65_HS1-834228961_62-HQ-83894_Section_3
Agency: FBI
Page 36
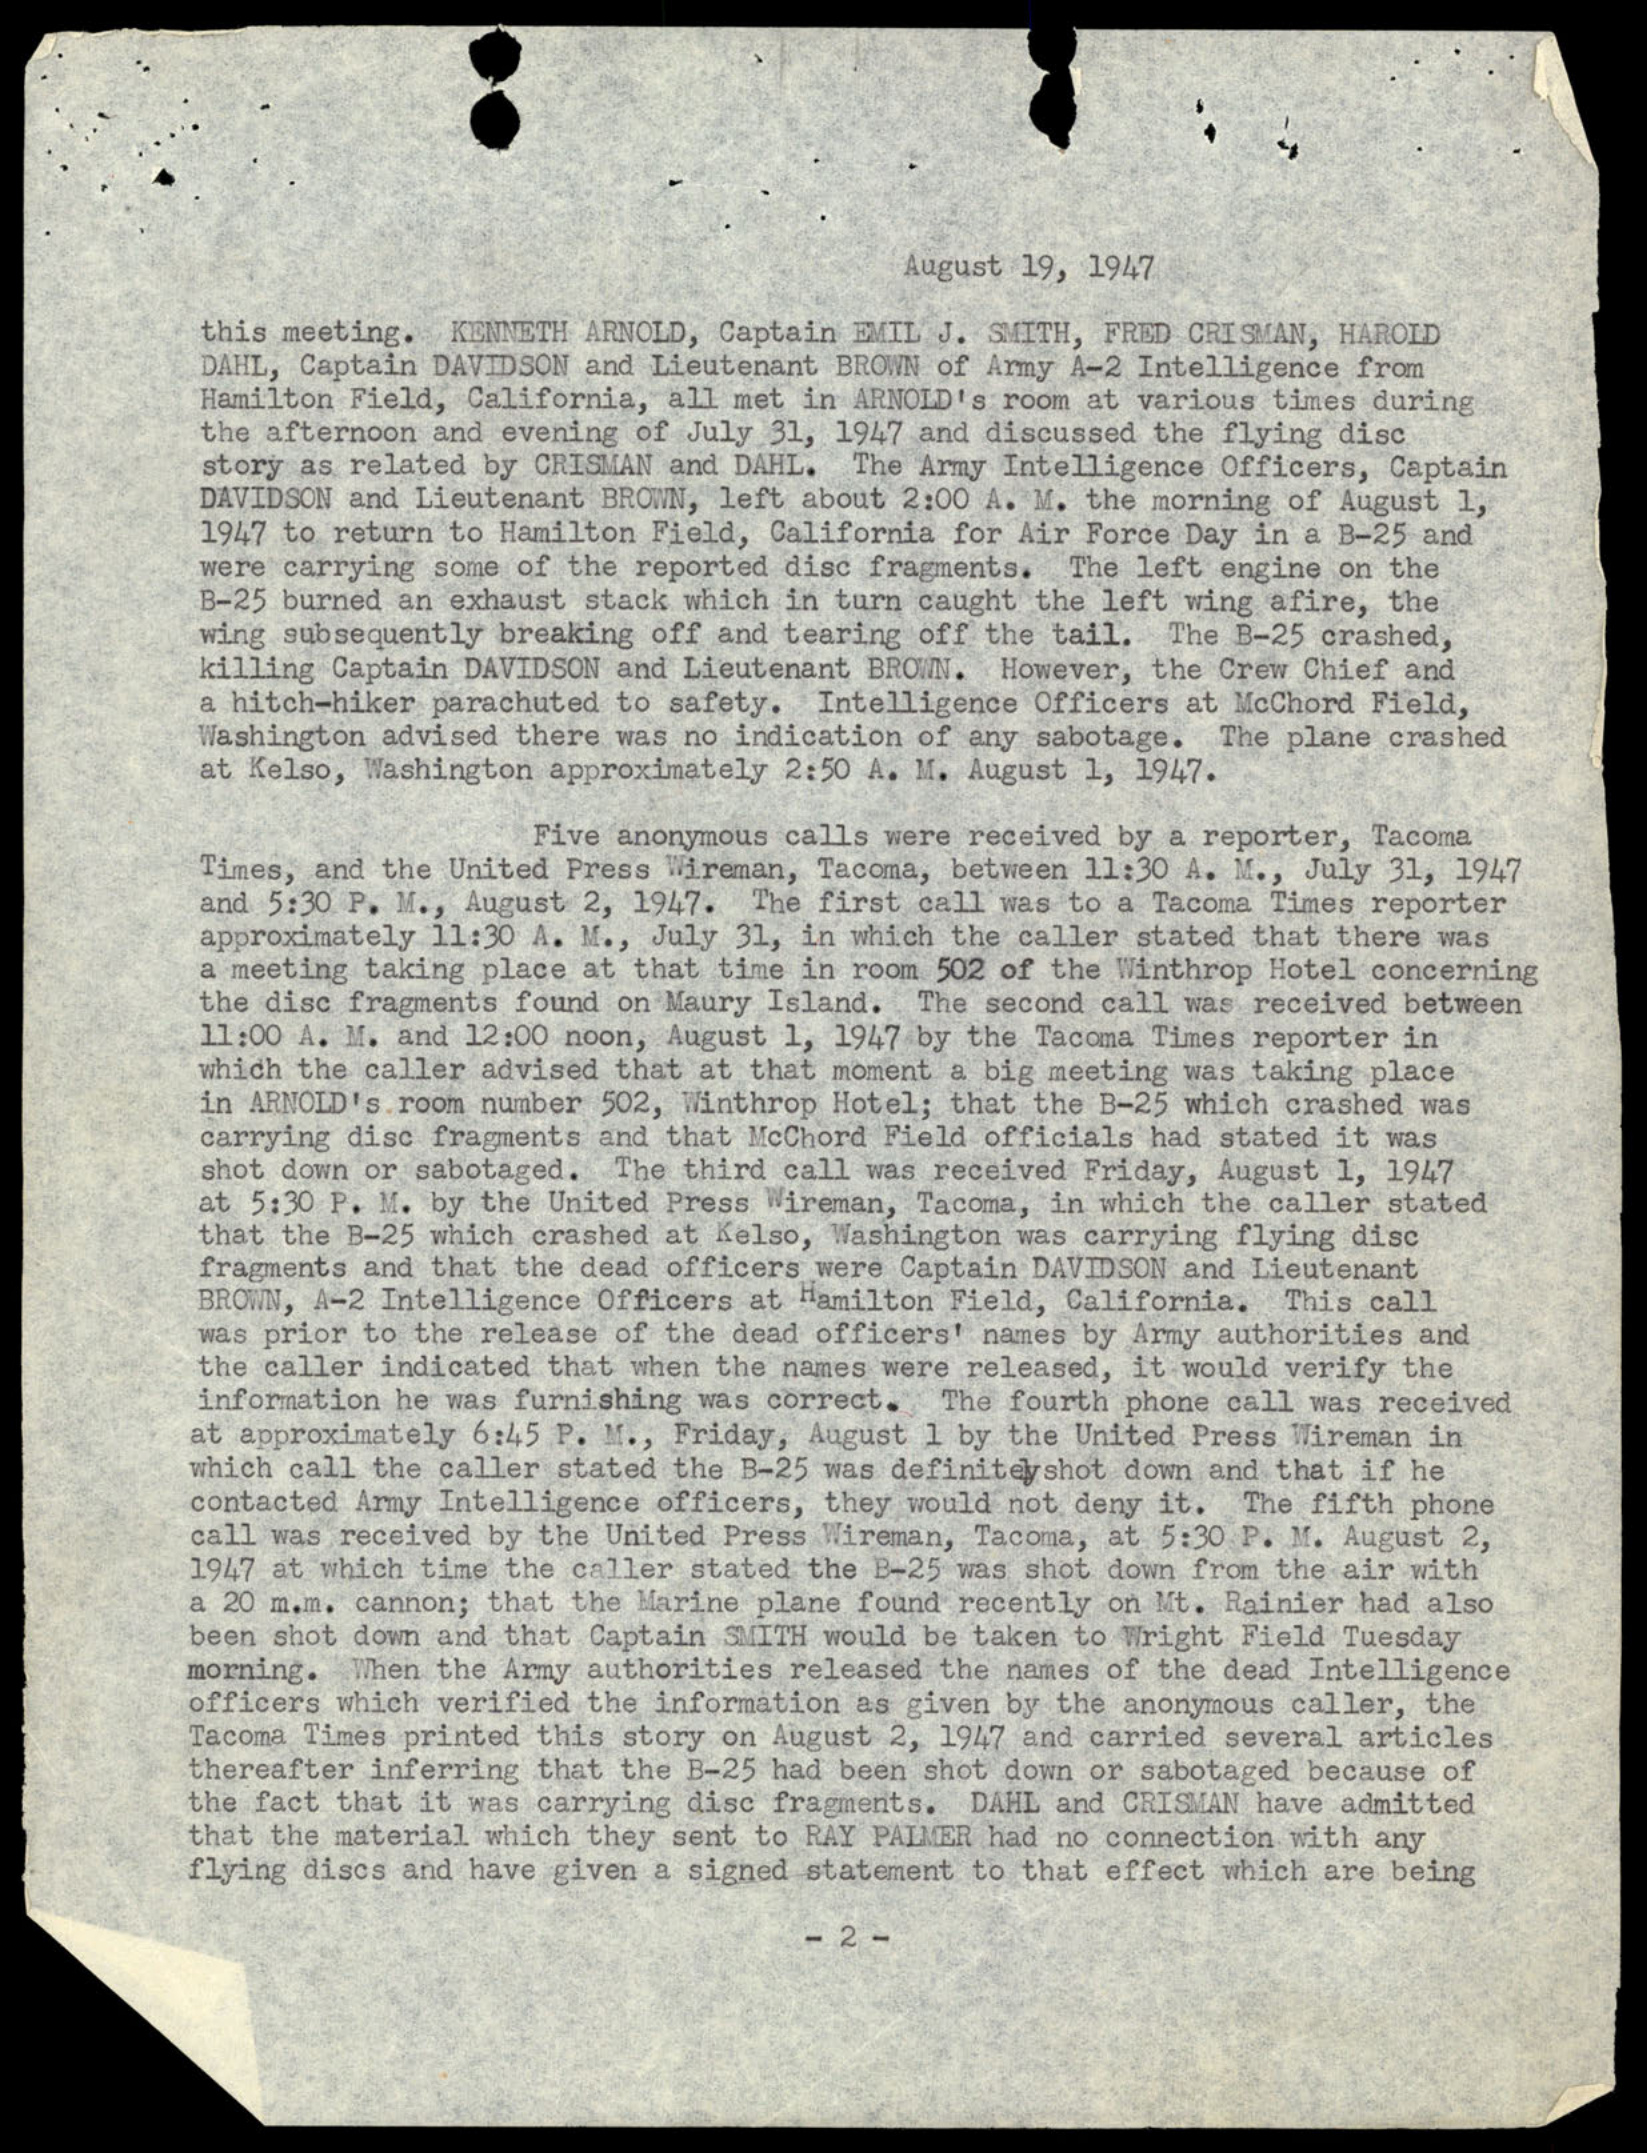